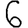
Digit: 6